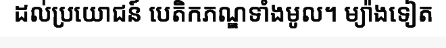
ដល់ប្រយោជន៍ បេតិកភណ្ឌទាំងមូល។ ម្យ៉ាងទៀត